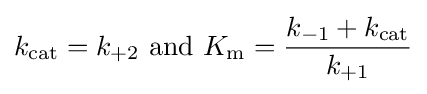
k_{\mathrm {cat} }=k_{+2}{\text{ and }}K_{\mathrm {m} }={\frac {k_{-1}+k_{\mathrm {cat} }}{k_{+1}}}